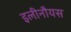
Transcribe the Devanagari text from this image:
इलीनौयस